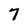
Character: 7